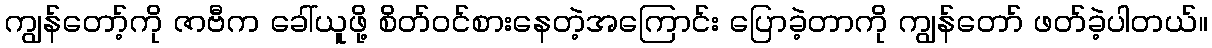
ကျွန်တော့်ကို ဇာဗီက ခေါ်ယူဖို့ စိတ်ဝင်စားနေတဲ့အကြောင်း ပြောခဲ့တာကို ကျွန်တော် ဖတ်ခဲ့ပါတယ်။